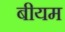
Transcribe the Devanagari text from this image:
बीयम